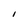
Character: I